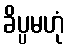
ခိပ္ပမဟုံ